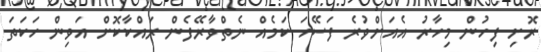
ރޮށި ފިހުން މިހާރު އެއަށްވުރެ ފަސޭހަ ކަމެއް ނެތްވާރޭފެން ރައްކާކޮށް އަވިން ހަކަތަ